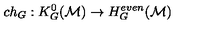
c h _ { G } : K _ { G } ^ { 0 } ( { \cal M } ) \to H _ { G } ^ { e v e n } ( { \cal M } )